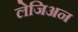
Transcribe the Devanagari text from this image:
लेजिअन